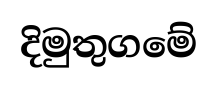
දිමුතුගමේ